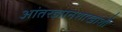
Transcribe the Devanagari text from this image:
आंतरज्ञानशाखांशी